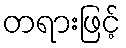
တရားဖြင့်